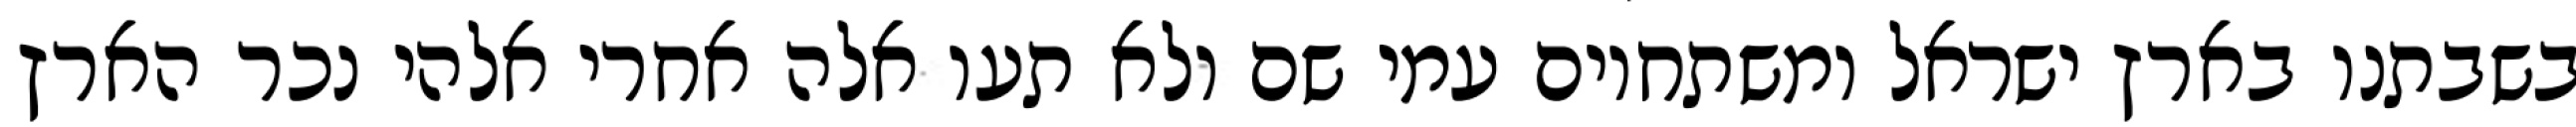
בשבתנו בארץ ישראל ומשתחוים עמי שם ולא תעו אלה אחרי אלהי נכר הארץ